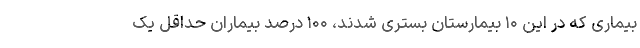
بیماری که در این ۱۰ بیمارستان بستری شدند، ۱۰۰ درصد بیماران حداقل یک